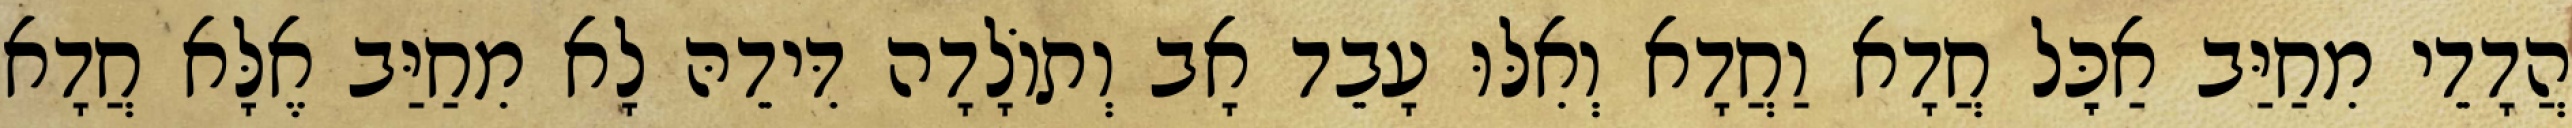
הֲדָדֵי מִחַיַּב אַכׇּל חֲדָא וַחֲדָא וְאִלּוּ עָבֵד אָב וְתוֹלָדָה דִּידֵהּ לָא מִחַיַּב אֶלָּא חֲדָא